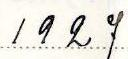
1927